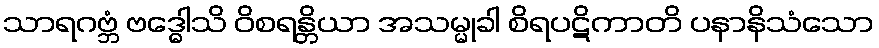
သာရဂဗ္ဘံ ဗဒ္ဓေါသိ ဝိစရန္တိယာ အသမ္မုခါ စိရပဋိကာတိ ပနာနိသံသော